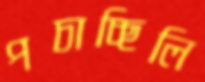
পচাচ্ছিলি